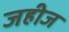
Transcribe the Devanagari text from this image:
जहीज